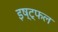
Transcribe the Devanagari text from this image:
इष्ट्फल